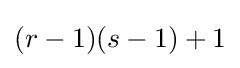
(r-1)(s-1)+1